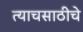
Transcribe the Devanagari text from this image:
त्याचसाठीचे